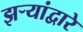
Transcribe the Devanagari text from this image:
झऱ्यांद्वारे